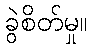
ခွဲစိတ်မှု။